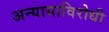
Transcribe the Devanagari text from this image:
अन्यायाविरोधी